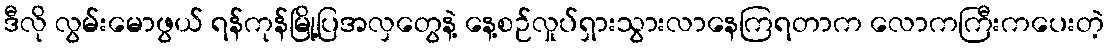
ဒီလို လွမ်းမောဖွယ် ရန်ကုန်မြို့ပြအလှတွေနဲ့ နေ့စဉ်လှုပ်ရှားသွားလာနေကြရတာက လောကကြီးကပေးတဲ့